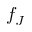
f _ { J }